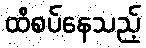
ထိစပ်နေသည့်